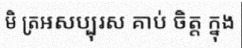
មិ ត្រអសប្បុរស គាប់ ចិត្ត ក្នុង